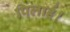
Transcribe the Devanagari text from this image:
पिलाई।